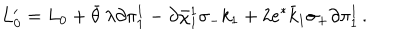
L _ { 0 } ^ { \prime } = L _ { 0 } + \bar { \theta } \, \lambda \partial \pi _ { 1 } ^ { 1 } - \partial \bar { \chi } _ { 1 } ^ { 1 } \sigma _ { - } k _ { 1 } + 2 e ^ { * } \bar { k } _ { 1 } \sigma _ { + } \partial \pi _ { 1 } ^ { 1 } \, .